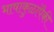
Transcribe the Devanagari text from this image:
भाषाकुळांपैकी